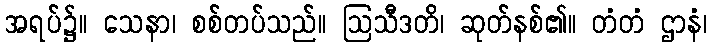
အရပ်၌။ သေနာ၊ စစ်တပ်သည်။ ဩသီဒတိ၊ ဆုတ်နစ်၏။ တံတံ ဌာနံ၊